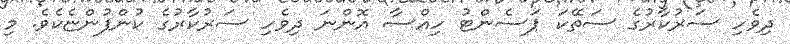
ދިވެހި ސަރުކާރުގެ ސަތޭކަ ޕަސެންޓު ހިއްސާ އޮންނަ ދިވެހި ސަރުކާރުގެ ކުންފުންޏެކެވެ. މި